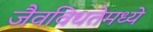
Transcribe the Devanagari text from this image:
जैवविधतेमध्ये